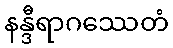
နန္ဒီရာဂဿေတံ